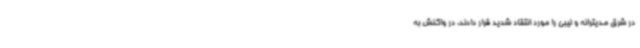
در شرق مدیترانه و لیبی را مورد انتقاد شدید قرار دادند. در واکنش به